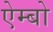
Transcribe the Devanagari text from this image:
ऐम्बो